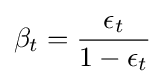
\beta _{t}={\frac {\epsilon _{t}}{1-\epsilon _{t}}}